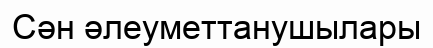
Сән әлеуметтанушылары